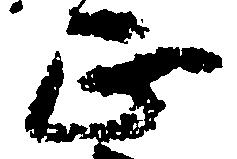
正